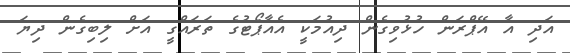
އަދި އާ އޭޕްރަން ހުޅުވިގެން ދިއުމަކީ އެއާޕޯޓުގެ ތަރައްގީ އަށް ލިބިގެން ދިޔަ